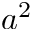
a ^ { 2 }